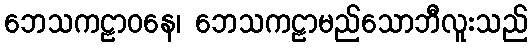
ဘေသကဠာဝနေ၊ ဘေသကဠာမည်သောဘီလူးသည်